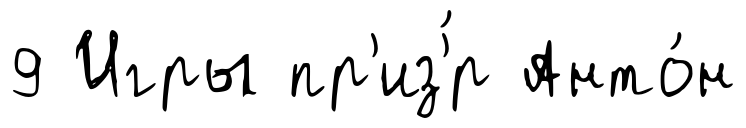
9 Игры пр'из'́р Анто́н